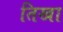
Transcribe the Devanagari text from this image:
तिखा